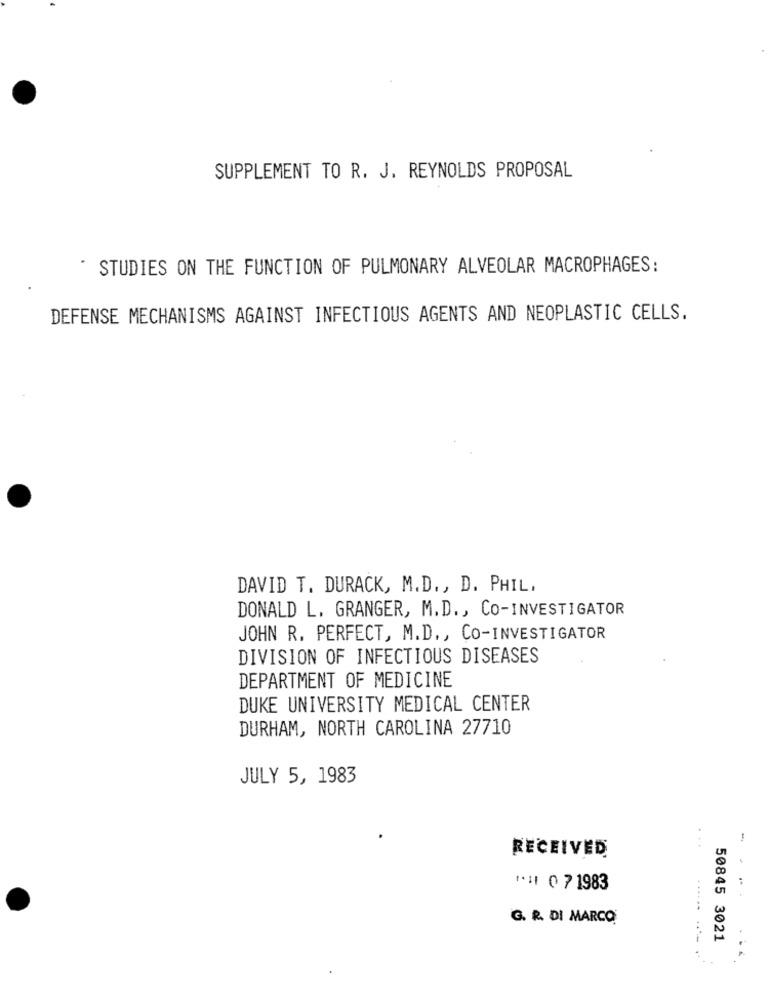
SUPPLEMENT TO R. J. REYNOLDS PROPOSAL
STUDIES ON THE FUNCTION OF PULMONARY ALVEOLAR MACROPHAGES:
DEFENSE MECHANISMS AGAINST INFECTIOUS AGENTS AND NEOPLASTIC CELLS.
DAVID T. DURACK, M.D ., D. PHIL,
DONALD L. GRANGER, M.D ., CO-INVESTIGATOR
JOHN R. PERFECT, M.D ., CO-INVESTIGATOR
DIVISION OF INFECTIOUS DISEASES
DEPARTMENT OF MEDICINE
DUKE UNIVERSITY MEDICAL CENTER
DURHAM, NORTH CAROLINA 27710
JULY 5, 1983
..
RECEIVED
"11 0 7 1983
G. R. DI MARCO
50845 3021